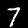
Digit: 7